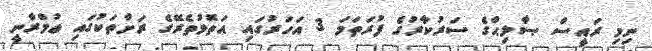
ނިމި ރައީސް ޞާލިޙްގެ ސަރުކާރުގެ ފުރަތަމަ 3 އަހަރުގައި އަތޮޅުތެރޭގެ ރަށްތަކުގައި ޢުމްރާނީ